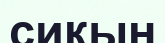
сиқың